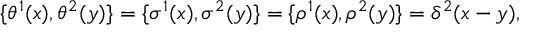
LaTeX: \{ \theta ^ { 1 } ( x ) , \theta ^ { 2 } ( y ) \} = \{ \sigma ^ { 1 } ( x ) , \sigma ^ { 2 } ( y ) \} = \{ \rho ^ { 1 } ( x ) , \rho ^ { 2 } ( y ) \} = \delta ^ { 2 } ( x - y ) ,